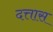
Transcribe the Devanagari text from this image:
दत्तास